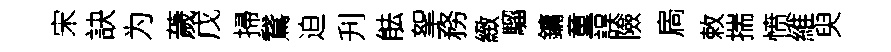
宋訣为薉戊掃鵞迫刋䏻挐務緻騮鏞童誤險扄敕揣愤維臾